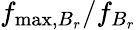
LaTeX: f_{\mathrm{max},B_{r}}/f_{B_{r}}